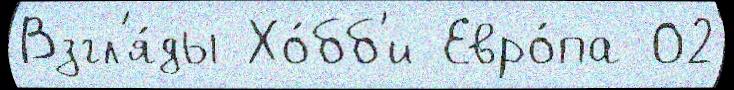
Взгл'я́ды Хо́бб'и Евро́па 02